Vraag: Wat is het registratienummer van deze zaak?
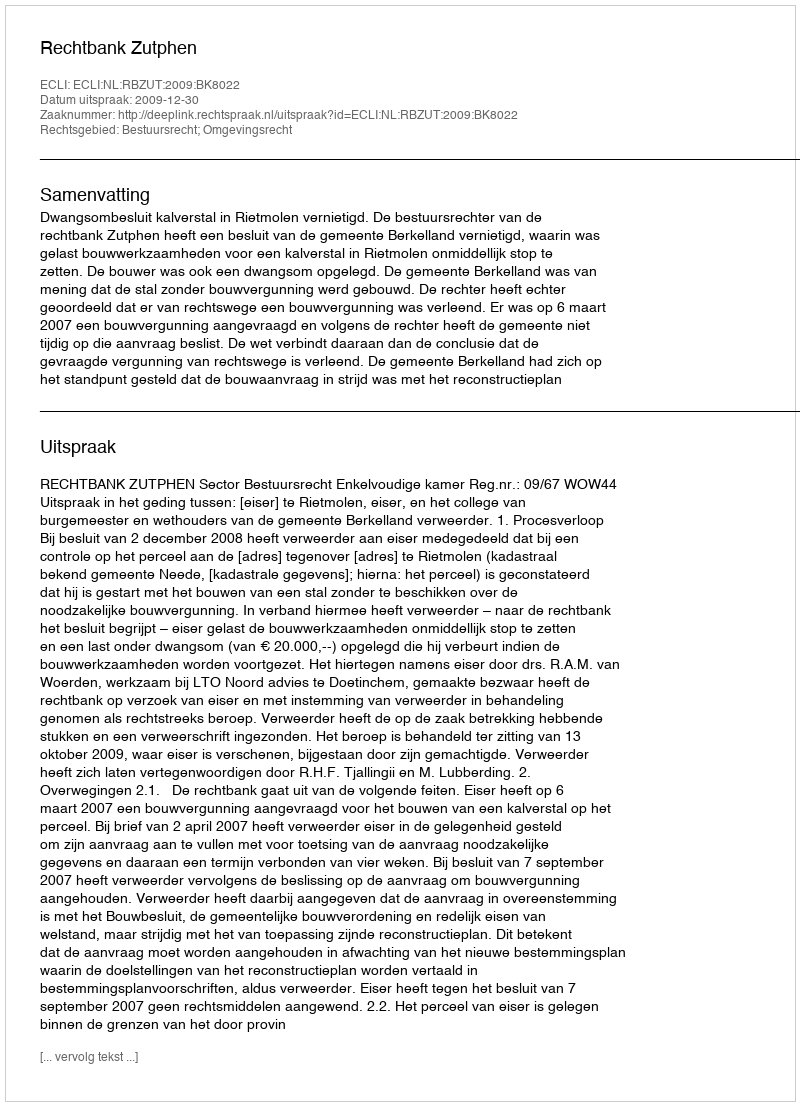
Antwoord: http://deeplink.rechtspraak.nl/uitspraak?id=ECLI:NL:RBZUT:2009:BK8022